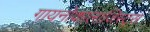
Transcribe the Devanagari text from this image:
गायनोकालाजिस्ट्स